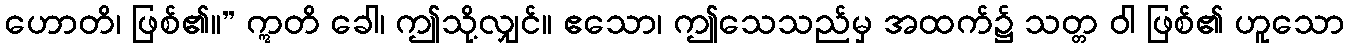
ဟောတိ၊ ဖြစ်၏။” ဣတိ ခေါ၊ ဤသို့လျှင်။ ဧသော၊ ဤသေသည်မှ အထက်၌ သတ္တ ဝါ ဖြစ်၏ ဟူသော